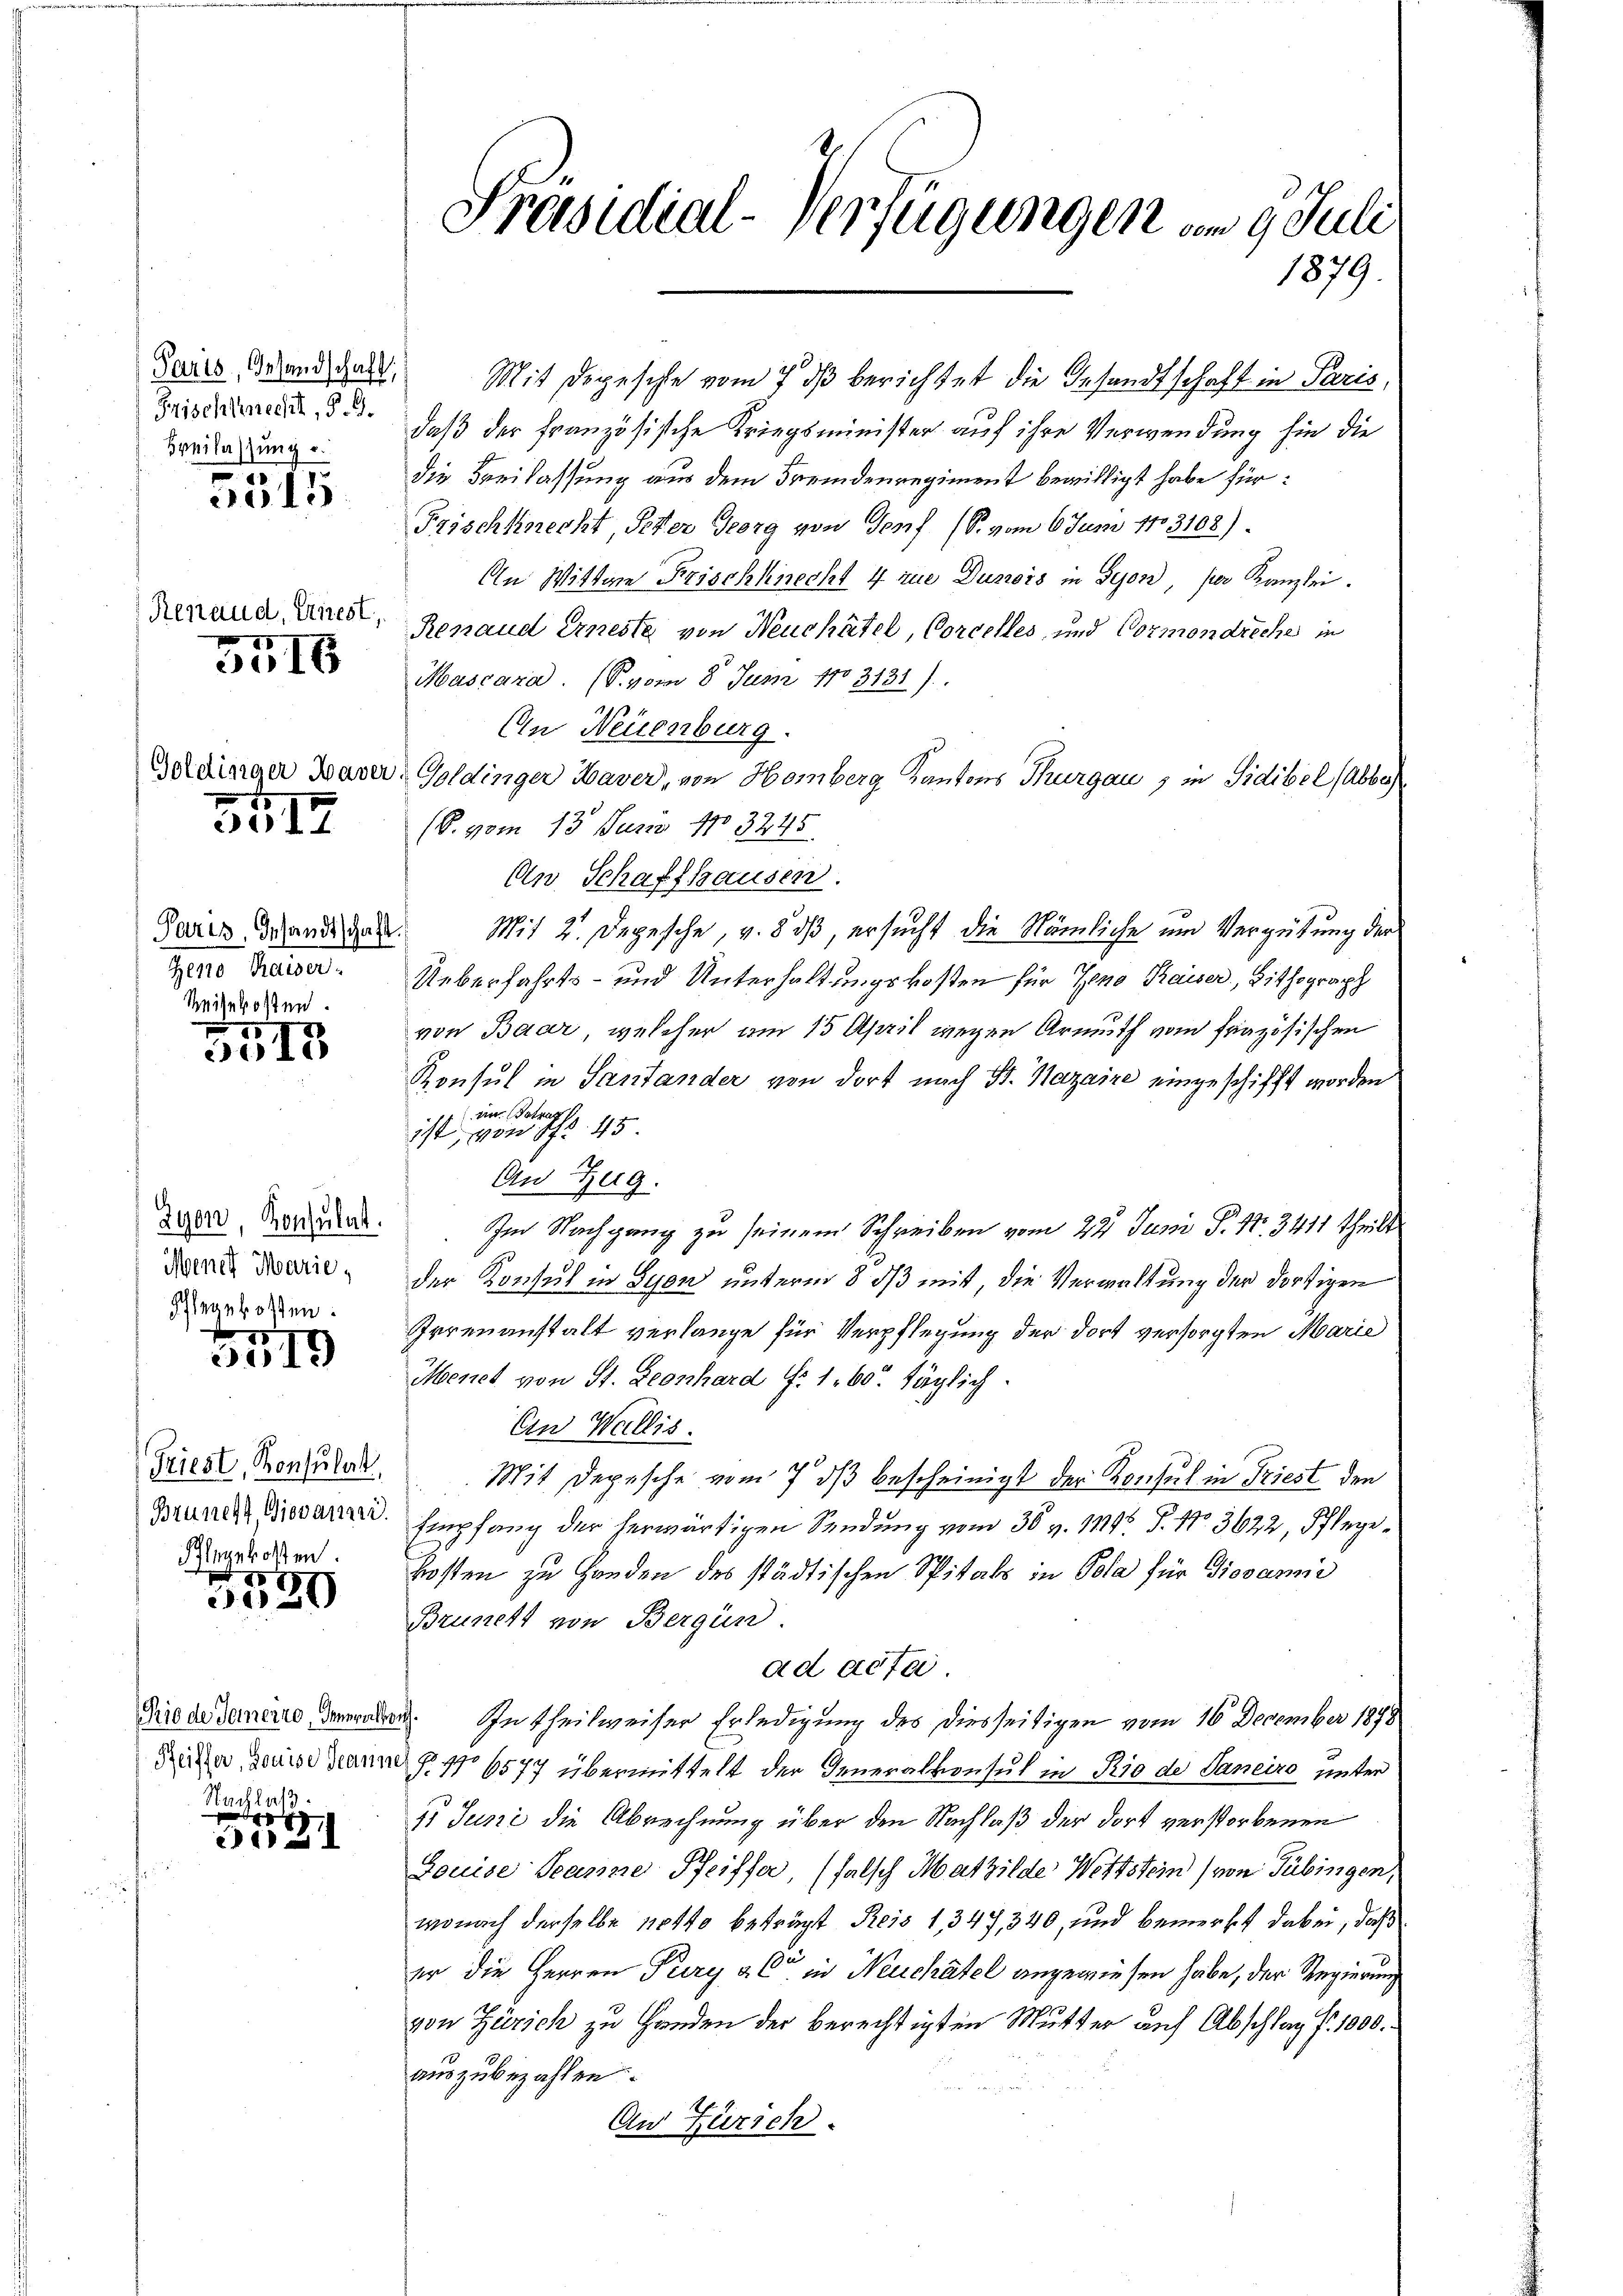
Frischknecht, §. 9.
Breilassung u.

5515

Renaud, Arrest,

5516

Goldinger Waver

5517

Paris, Gesandtschaft
Zeno Kaiser.
Reisekosten.

5518

2901, Konsulat.
Menet Marie,
Pflegekosten.
17

3019

Friest, Konsulat
Brunert Giovanni.
Flegekosten.

x
320

Prio de Fernerro, Inneralko
Nachlaß.

e

Präsidial-Verfügungen vom 9. Juli
1879.

daß der französische Kriegsminister auf ihre Verwendung hin die
die Freilassung aus dem Fremdenregiment bewilligt habe für:
Frischknecht, Peter Georg von Torf (S. vom 6. Juni 1783108).
An Wittwe Frischknecht 4 zur Dunois in Seon, per Kanzlei.
Renaud Erneste von Neuchâtel, Corcelles, und Cormondreche in
Mascara. (S. vom 8. Juni 1803131).
An Neuenburg.
Goldinger Haver, von Homberg Kantons Thurgau & in Sidibel (Abbo
(B. vom 13. Juni 183245.
An Schaffhausen.
 Mit 2. Depesche, v. 8 dß, ersucht die Nämliche und Vergütung der
Ueberfahrts- und Unterhaltungskosten für Zeno Kaiser, Zithograph
von Baar, welcher am 15 April wegen Armuth vom frazösischen
Konsul in Santander von dort nach St. Nazaire eingeschifft worden
ein Betrag
ist, von S. 45
An Zug.
Im Nachgang zu seinem Schreiben vom 22 Juni P. Nr. 3411 theilt
der Konsul in Lyon unterm 8. ds mit, die Verwaltung der dortigen
Irrenanstalt verlange für Verpflegung der dort versorgten Marie
Menet von St. Leonhard F. 160. täglich.
Ein Wallis.
Mit Depesche vom 7. dβ bescheinigt der Konsul in Triest den
Empfang der herwärtigen Sendung vom 30. v. 145. P. No. 3622, Pflege¬
Kosten zu Handen des städtischen Spitals in Pola für Giovanne
Brunett von Bergün
ad acte.
. In theilweiser Erledigung des diesseitigen vom 16. December 1898
Reter, Hause dann P. No 6577 übermittelt der Generalkonsul in Rio de Janeiro unter
9. Juni die Abrechnung über den Nachlaß der dort verstorbenen
Louise Jeanne Pfeiffer, (falsch Mathilde Wettstein (von Tübingen,
wonach derselbe nott beträgt Reis 1347, 340, und bemerkt dabei, daß
er die Herren Pury a C in Neuchâtel angewiesen habe, der Regierung
von Zürich zu Handen der berechtigten Mutter auf Abschlag f. 1000.
auszubezahlen.
An Zürich.

Daus Brand das Mit Depesche vom 7. ds berichtet die Gesandtschaft in Paris,